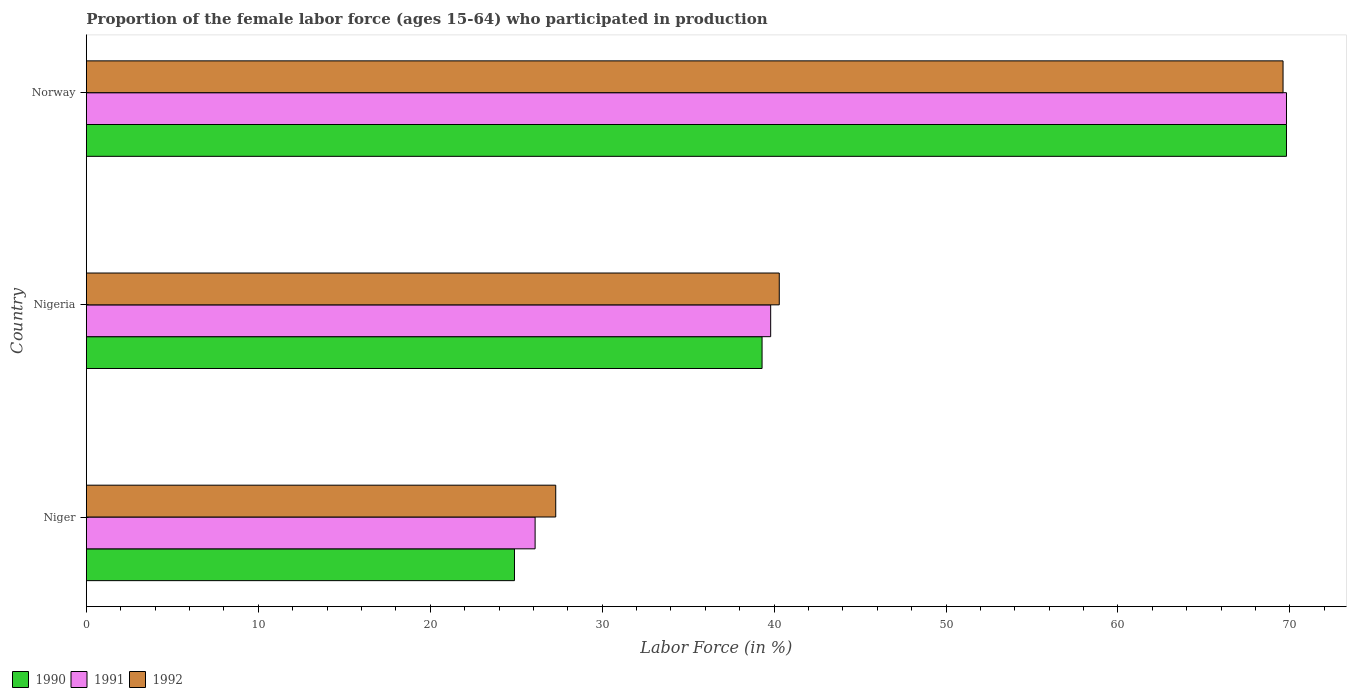
| Country | 1990 | 1991 | 1992 |
 | --- | --- | --- | --- |
 | Niger | 24.9 | 26.1 | 27.3 |
 | Nigeria | 39.3 | 39.8 | 40.3 |
 | Norway | 69.8 | 69.8 | 69.6 |